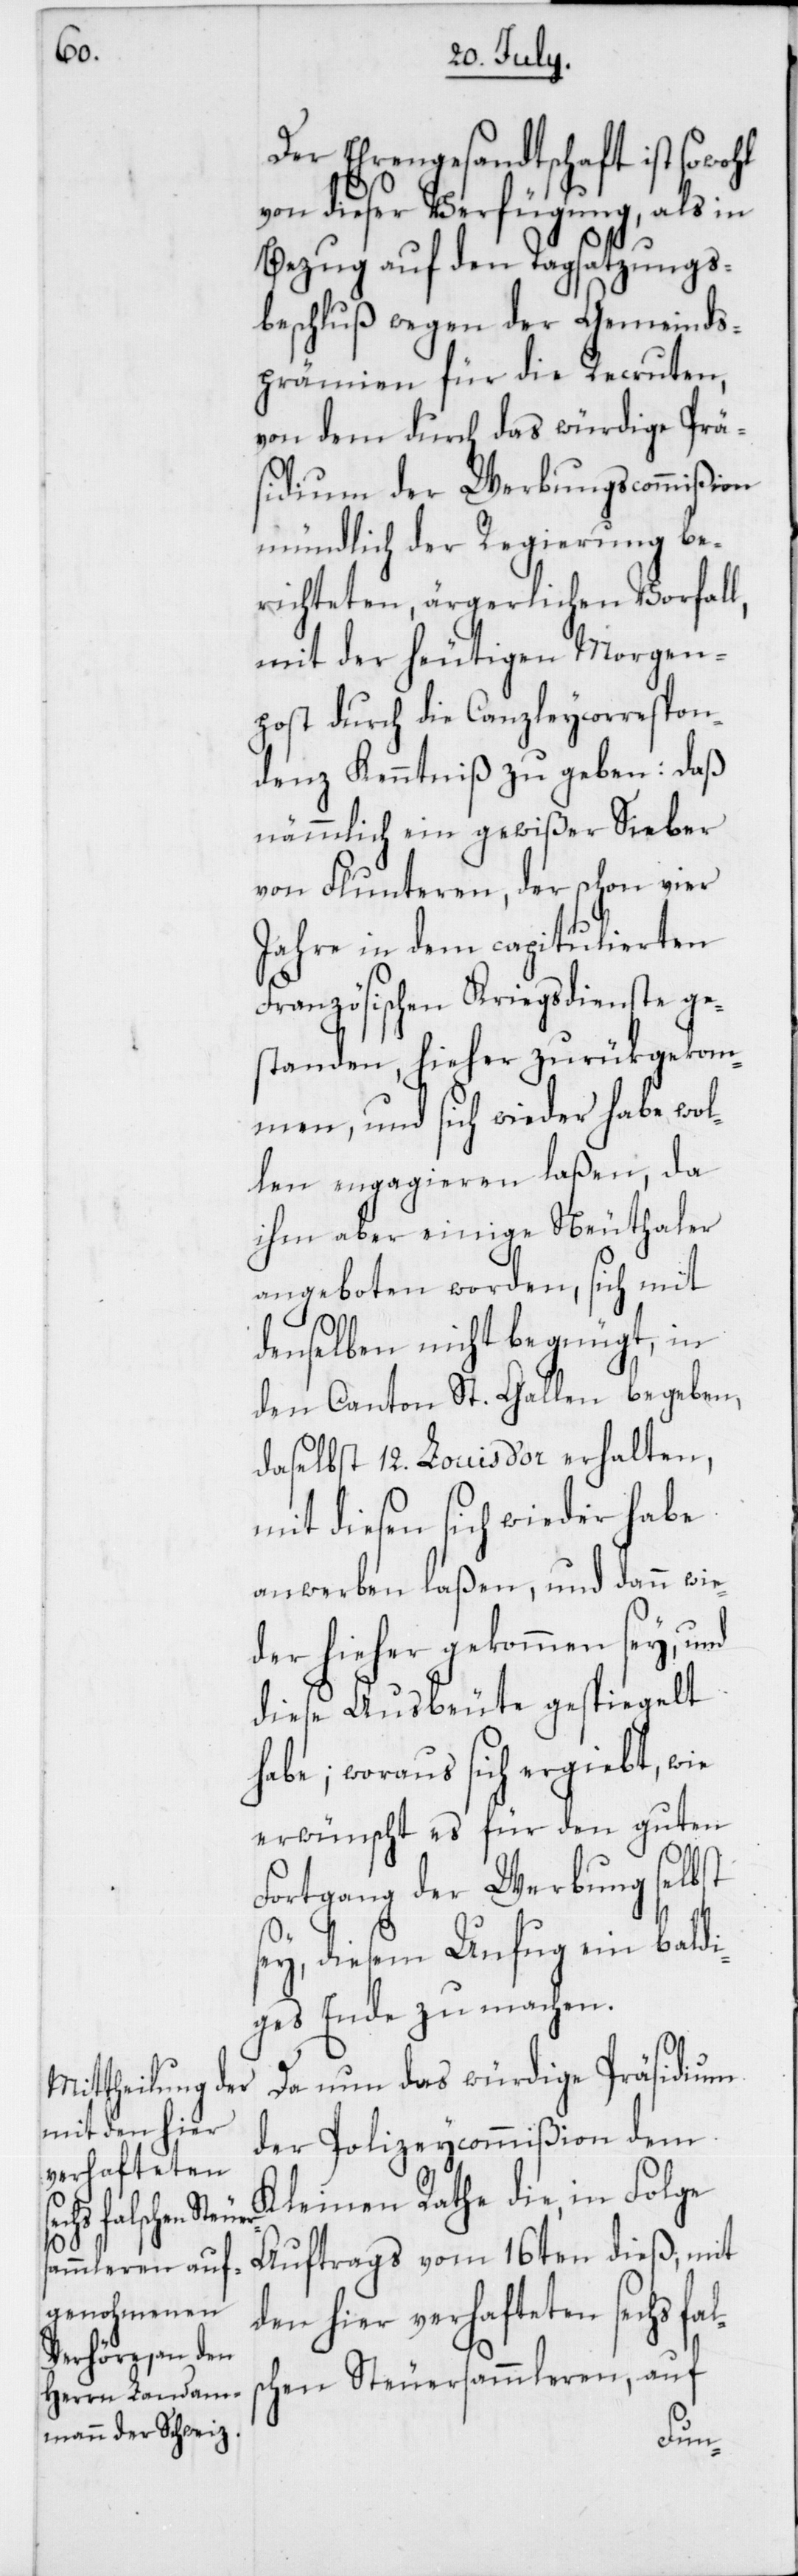
Der Ehrengesandtschaft ist sowohl
von dieser Verfügung, als in
Bezug auf den Tagsatzungs¬
beschluß wegen der Gemeinds¬
prämien für die Recruten,
von dem durch das würdige Prä¬
sidium der Werbungscommißion
mündlich der Regierung be¬
richteten, ärgerlichen Vorfall,
mit der heutigen Morgen¬
post durch die Canzleycorrespon¬
denz Kenntniß zu geben: Daß
nämmlich ein gewißer Sieber
von Fluntern, der schon vier
Jahre in dem capitulierten
Französischen Kriegsdienste ge¬
standen, hieher zurükgekom¬
men, und sich wieder habe wol¬
len engagieren laßen, da
ihm aber einige Neuthaler
angeboten worden, sich mit
denselben nicht begnügt, in
den Canton St. Gallen begeben,
daselbst 12. Louis d’or erhalten,
mit diesen sich wieder habe
anwerben laßen, und dann wie¬
der hieher gekommen sey, und
diese Ausbeute gespiegelt
habe; woraus sich ergiebt, wie
erwünscht es für den guten
Fortgang der Werbung selbst
sey, diesem Unfug ein baldi¬
ges Ende zu machen.
Da nun das würdige Präsidium
der Polizeycommißion dem
Kleinen Rathe die, in Folge
Auftrags vom 16ten dieß, mit
den hier verhafteten sechs f¬
chen Steuersammleren, auf
als¬